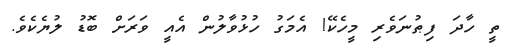
ތީ ހާދަ ފިޠުނަވެރި މީހެކޭ! އެމަގު ހުޅުވާލުން އެއީ ވަރަށް ބޮޑު ލުޔެކެވެ.